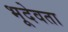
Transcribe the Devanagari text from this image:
भूदेवता